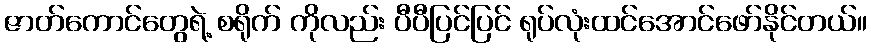
ဇာတ်ကောင်တွေရဲ့ စရိုက် ကိုလည်း ပီပီပြင်ပြင် ရုပ်လုံးထင်အောင်ဖော်နိုင်တယ်။